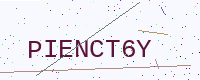
Text: PIENCT6Y